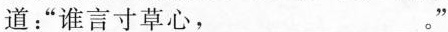
道：”谁言寸草心，___。 ”